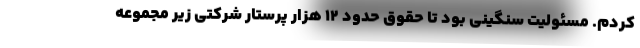
کردم. مسئولیت سنگینی بود تا حقوق حدود ۱۲ هزار پرستار شرکتی زیر مجموعه